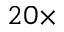
2 0 \times